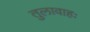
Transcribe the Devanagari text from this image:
तुलावाहः